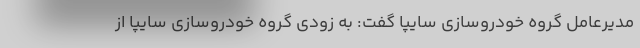
مدیرعامل گروه خودروسازی سایپا گفت: به زودی گروه خودروسازی سایپا از